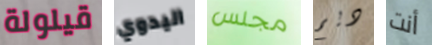
قيلولة اليدوي مجلس ديم أنت